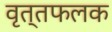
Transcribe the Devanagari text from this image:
वृत्तफलक